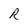
Character: r